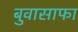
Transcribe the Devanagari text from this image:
बुवासाफा